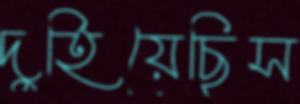
দুহিয়েছিস